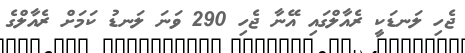
ޖެހި ލަނޑަކީ ރެއާލްގައި އޭނާ ޖެހި 290 ވަނަ ލަނޑު ކަމަށް ރެއާލްގެ